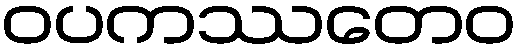
ဝပကဿတေဝ